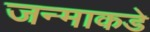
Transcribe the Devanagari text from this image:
जन्माकडे